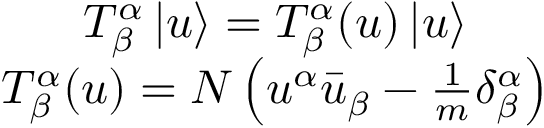
\begin{array} { c } { { T _ { \beta } ^ { \alpha } \, | u \rangle = { \cal T } _ { \beta } ^ { \alpha } ( u ) \, | u \rangle } } \\ { { { \cal T } _ { \beta } ^ { \alpha } ( u ) = N \left( u ^ { \alpha } \bar { u } _ { \beta } - { \frac { 1 } { m } } \delta _ { \beta } ^ { \alpha } \right) } } \end{array}